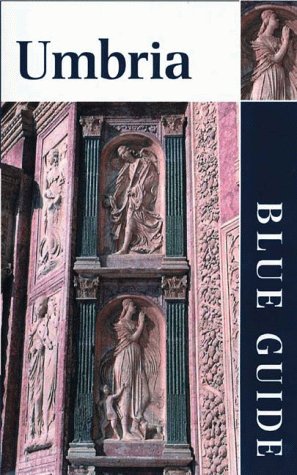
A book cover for Blue Guide Umbria; Alta MacAdam; Travel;